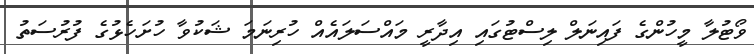
ވޯޓުލާ މީހުންގެ ފައިނަލް ލިސްޓުގައި އިދާރީ މައްސަލައެއް ހުރިނަމަ ޝަކުވާ ހުށަހެޅުުގެ ފުރުސަތު